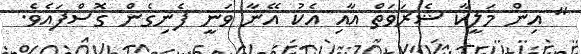
" އިން މަލީކާ ޝެރަވަތް އާއި އެކު އޭނާ ވަނީ ފެނިގެން ގޮސްފައެވެ.